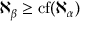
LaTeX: \aleph _ { \beta } \geq \operatorname { c f } ( \aleph _ { \alpha } )